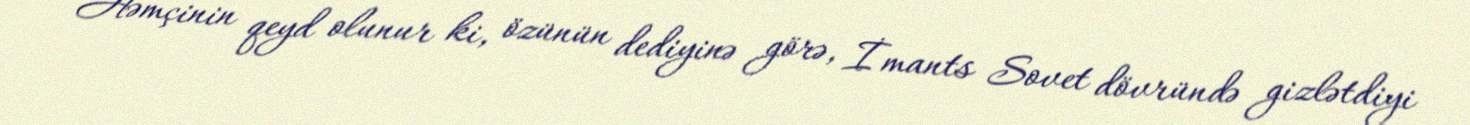
Həmçinin qeyd olunur ki, özünün dediyinə görə, İmants Sovet dövründə gizlətdiyi